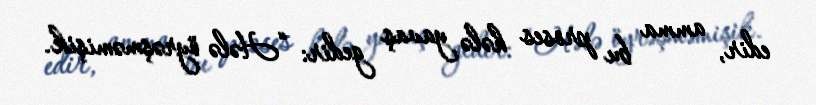
edir, amma bu proses hələ yavaş gedir: “Hələ öyrəşməmişik.